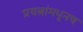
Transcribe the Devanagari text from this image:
प्रयत्नांमधूनच